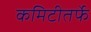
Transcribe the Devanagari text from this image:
कमिटीतर्फे